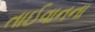
તાઈવાનના